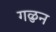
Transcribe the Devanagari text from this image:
गळुन